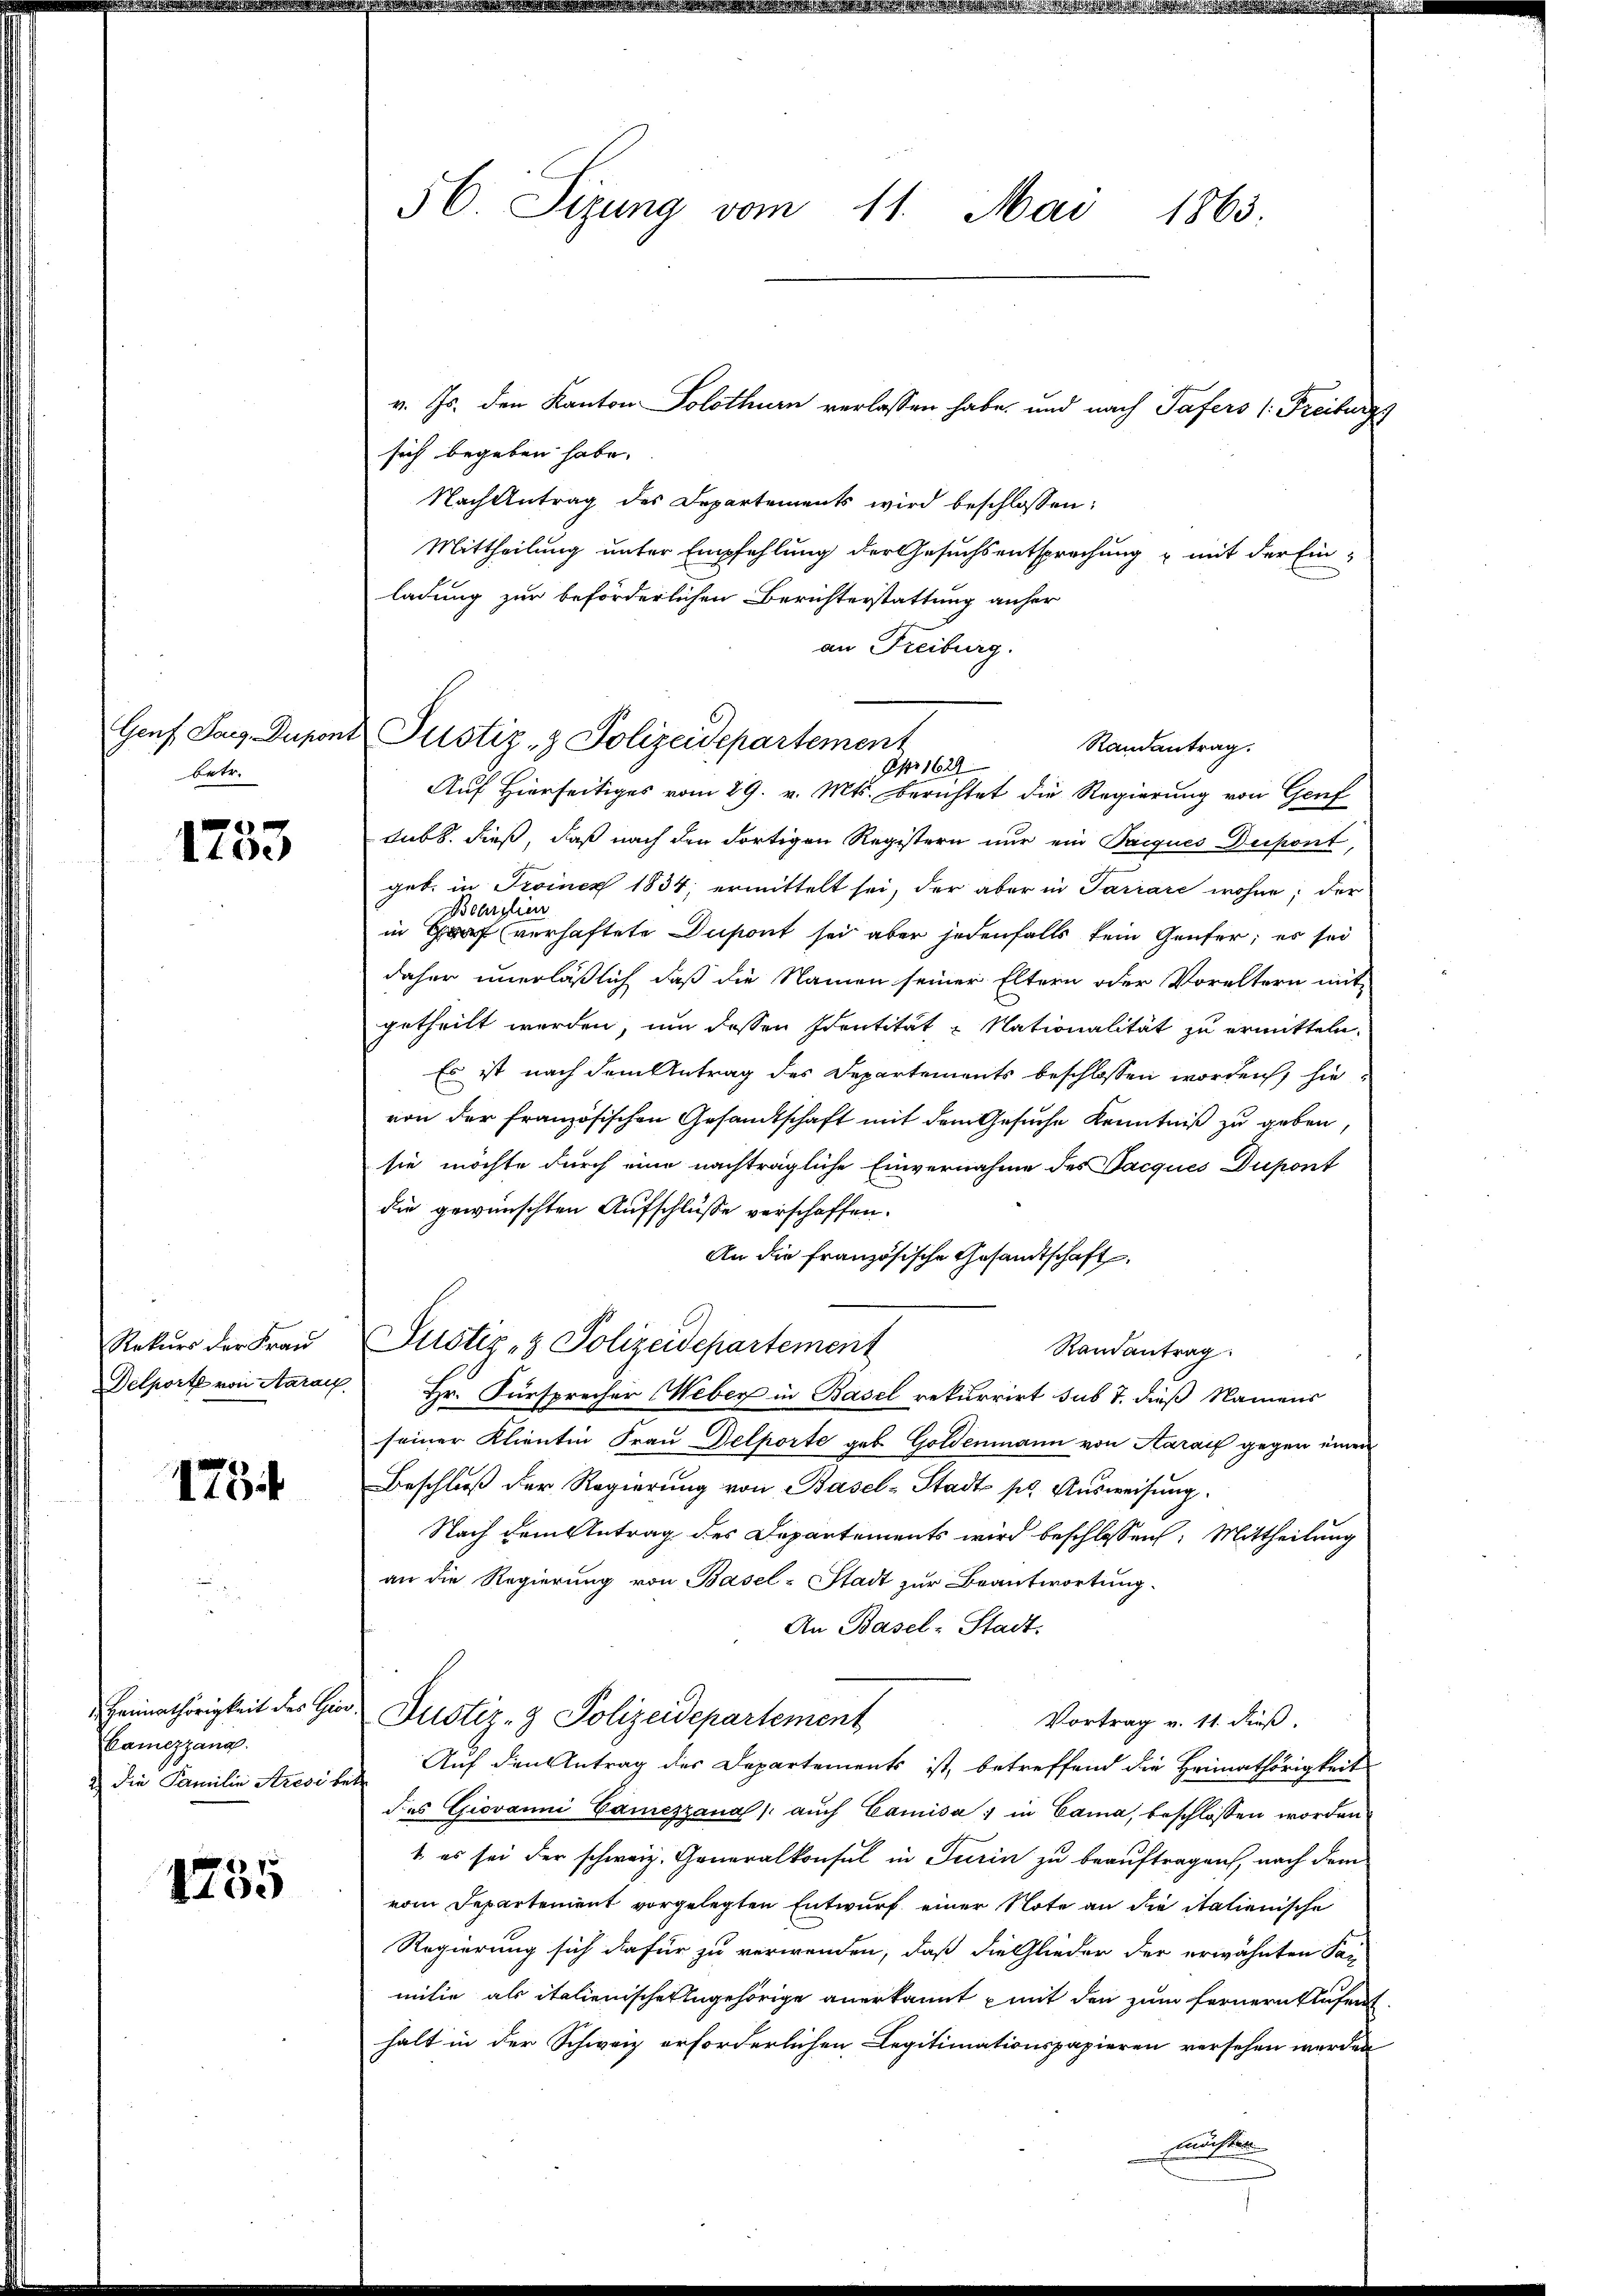
betr.

1753

Rekurs der Frau
Delporte von Aarau

1754

Heimathörigkeit des Gio
Camezzana.
2) die Familie Aresis

1235

56 Sizung vom 11. Mai 1863.

v. Js. den Kanton Solothurn verlassen habe, und nach Tafers (Freiburg
sich begeben habe.
Nach Antrag des Departements wird beschlossen:
Mittheilung unter Empfehlung der Gesuchsentsprechung mit der Ein-
ladung zur beförderlichen Berichterstattung anher
an Freiburg.
Randantrag.
Auf Hierseitiges vom 29. v. Mts. berichtet die Regierung von Genf
sub. dieß, daß nach den dortigen Registern nur ein Parques Depont,
geb. in Froiner 1834, ermittelt sei, der aber in Parrare wohne; der
Beherzlie
in Graf (verhaftete Dupont sei aber jedenfalls kein Genfer; es sei
daher unerläßlich, daß die Namen seiner Eltern oder Voreltern mit
getheilt werden, um dessen Identität Nationalität zu ermitteln.
Es ist nach dem Antrag des Departements beschlossen worden, sie
von der französischen Gesandtschaft mit dem Gesuche Kenntniß zu geben,
sie möchte durch eine nachträgliche Einvernahme des Facques Dupont
die gewünschten Aufschlüsse verschaffen.
An die französische Gesandtschaft
Justiz- & Polizeidepartement
Randantrag
Hr. Fürsprecher Weber in Basel rekurrirt sub 7. dieß Namens
seiner Klientin Frau Delporte geb. Goldenmann von Aarauf gegen einen
Beschluß der Regierung von Basel-Stadt pr. Ausweisung.
Nach dem Antrag des Departements wird beschlossen: Mittheilung
an die Regierung von Basel-Stadt zur Beantwortung.
An Basel-Stadt.
Justiz- & Polizeidepartement
Vortrag v. 11. Fuß.
 Auf den Antrag des Departements ist, betreffend die Heimathörigkeit
des Giovanni Camezzana / auch Camisa: in Cama, beschlossen worden
t es sei der schweiz. Generalkonsul in Turin zu beauftragen, nach dem
vom Departement vorgelegten Entwurf einer Note an die italienische
Regierung sich dafür zu verwenden, daß die Glieder der erwähnten Par
milie als italienische Angehörige anerkannt mit den zum Fernern Aufent
halt in der Schweiz erforderlichen Legitimationspapieren versehen werden
Kunsten

Genf Tag Dapont Pustiz- & Polizeidepartement
Opr 1620